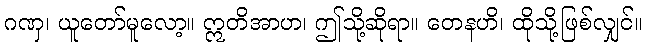
ဂဏှ၊ ယူတော်မူလော့။ ဣတိအာဟ၊ ဤသို့ဆိုရာ။ တေနဟိ၊ ထိုသို့ဖြစ်လျှင်။